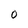
Character: 0